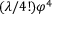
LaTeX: ( { \lambda } / { 4 ! } ) \varphi ^ { 4 }